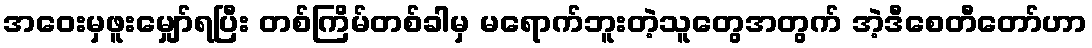
အဝေးမှဖူးမျှော်ရပြီး တစ်ကြိမ်တစ်ခါမှ မရောက်ဘူးတဲ့သူတွေအတွက် အဲ့ဒီစေတီတော်ဟာ